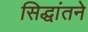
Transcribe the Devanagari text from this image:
सिद्धांतने